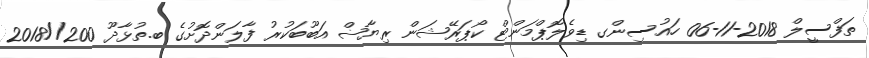
ތަފްސީލް 2018-11-06 ހައުސިންގ ޑިވެލޮޕްމަންޓް ކޯޕަރޭޝަން ރިޔާޟް އަބޫބަކުރު ފާލަންދޮށުގެ ބ.ތުޅާދޫ 200//2018